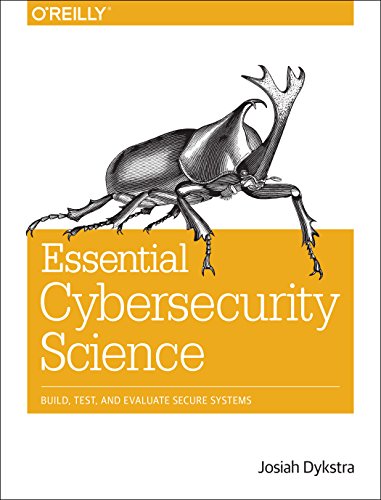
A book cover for Essential Cybersecurity Science: Build, Test, and Evaluate Secure Systems; Josiah Dykstra; Computers & Technology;